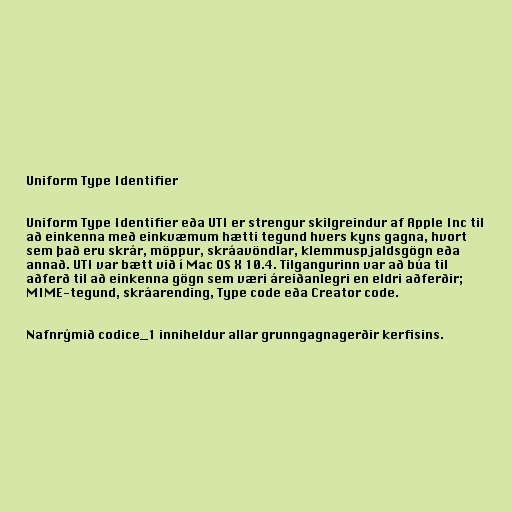
Uniform Type Identifier

Uniform Type Identifier eða UTI er strengur skilgreindur af Apple Inc til
að einkenna með einkvæmum hætti tegund hvers kyns gagna, hvort
sem það eru skrár, möppur, skráavöndlar, klemmuspjaldsgögn eða
annað. UTI var bætt við í Mac OS X 10.4. Tilgangurinn var að búa til
aðferð til að einkenna gögn sem væri áreiðanlegri en eldri aðferðir;
MIME-tegund, skráarending, Type code eða Creator code.

Nafnrýmið codice_1 inniheldur allar grunngagnagerðir kerfisins.